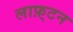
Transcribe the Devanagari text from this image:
लाफ़्टन